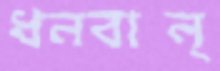
ধনবান্‌